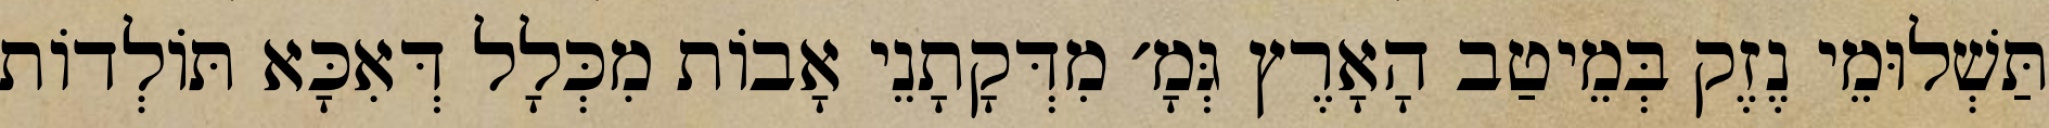
תַּשְׁלוּמֵי נֶזֶק בְּמֵיטַב הָאָרֶץ גְּמָ׳ מִדְּקָתָנֵי אָבוֹת מִכְּלָל דְּאִכָּא תּוֹלְדוֹת